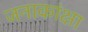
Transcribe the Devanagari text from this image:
जनाकांक्षा